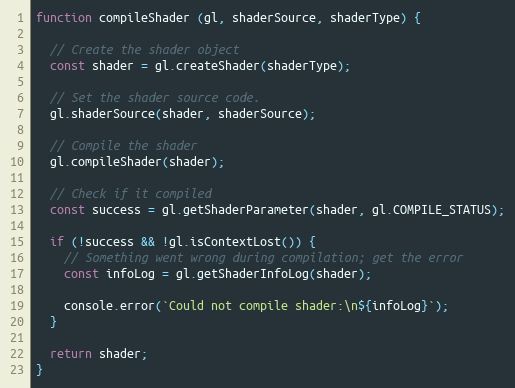
Language: JavaScript
function compileShader (gl, shaderSource, shaderType) {

  // Create the shader object
  const shader = gl.createShader(shaderType);

  // Set the shader source code.
  gl.shaderSource(shader, shaderSource);

  // Compile the shader
  gl.compileShader(shader);

  // Check if it compiled
  const success = gl.getShaderParameter(shader, gl.COMPILE_STATUS);

  if (!success && !gl.isContextLost()) {
    // Something went wrong during compilation; get the error
    const infoLog = gl.getShaderInfoLog(shader);

    console.error(`Could not compile shader:\n${infoLog}`);
  }

  return shader;
}